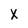
Character: X